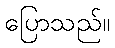
ပြောသည်။